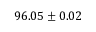
9 6 . 0 5 \pm 0 . 0 2